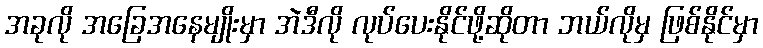
အခုလို အခြေအနေမျိုးမှာ အဲဒီလို လုပ်ပေးနိုင်ဖို့ဆိုတာ ဘယ်လိုမှ ဖြစ်နိုင်မှာ